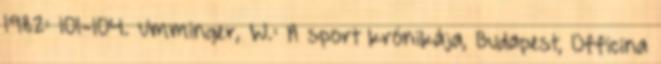
1982: 101-104. Umminger, W.: A sport krónikája, Budapest, Officina